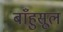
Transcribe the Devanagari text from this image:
बाँहुसूल